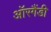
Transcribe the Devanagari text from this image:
ऑरगैंडी